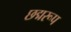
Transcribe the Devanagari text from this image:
छद्मरूप